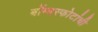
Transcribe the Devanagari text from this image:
बॉम्बस्फोटांची